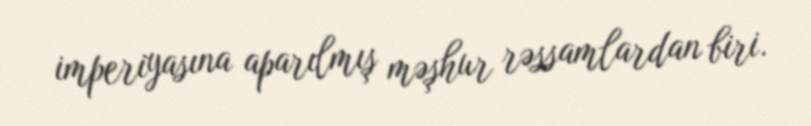
imperiyasına aparılmış məşhur rəssamlardan biri.